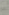
-